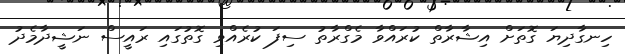
ހިނގާދިޔަ ގޮތަށް އިޝާރާތް ކުރައްވާ މެގްރާތު ސިފަ ކުރެއްވި ގޮތުގައި ރައީސް ނަޝީދާމެދު